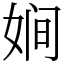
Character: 㛠